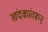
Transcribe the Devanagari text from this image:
खंदकांवरून